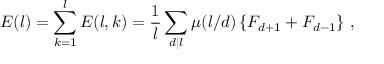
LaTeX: E ( l ) = \sum _ { k = 1 } ^ { l } E ( l , k ) = \frac { 1 } { l } \sum _ { d | l } \mu ( l / d ) \left\{ F _ { d + 1 } + F _ { d - 1 } \right\} \, ,